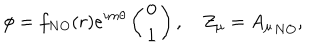
\phi = f _ { N O } ( r ) e ^ { i m \theta } \left( \begin{array} { c } { { 0 } } \\ { { 1 } } \\ \end{array} \right) , \quad Z _ { \mu } = { A _ { \mu } } _ { N O } ,